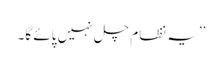
’’یہ نظام چل نہیں پائے گا۔